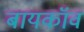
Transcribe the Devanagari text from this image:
बायकॉव